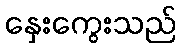
နှေးကွေးသည်